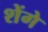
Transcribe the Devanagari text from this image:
शेंगे